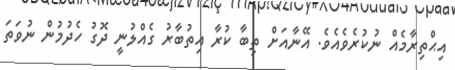
އިޙްތިރާމެއް ނުކުރެވެއެވެ. އޭނާއަށް ތިބާ ކުރާ އިތުބާރު ގެއްލުނީ ދޮގު ހެދުމުން ނުވަތަ